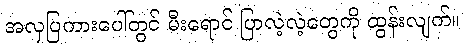
အလှပြကားပေါ်တွင် မီးရောင် ပြာလဲ့လဲ့တွေကို ထွန်းလျက်။